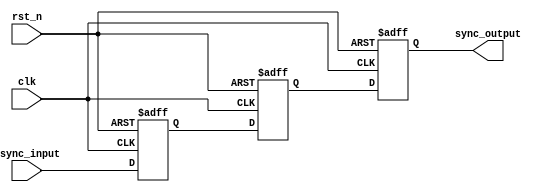
module async_to_sync_converter (
    input wire clk,            // Clock signal from the synchronous domain
    input wire rst_n,         // Active-low reset signal
    input wire async_input,    // Asynchronous input signal
    output reg sync_output     // Synchronized output signal
);

// Two-staged flip-flop for synchronization
reg ff_stage1, ff_stage2;

// Asynchronous reset handling
always @(posedge clk or negedge rst_n) begin
    if (!rst_n) begin
        // Reset the flip-flops on active-low reset signal
        ff_stage1 <= 1'b0; 
        ff_stage2 <= 1'b0;
        sync_output <= 1'b0;
    end else begin
        // First stage: Sample the asynchronous input
        ff_stage1 <= async_input;
        // Second stage: Sample the output of the first stage
        ff_stage2 <= ff_stage1;
        // Assign the final output
        sync_output <= ff_stage2;
    end
end
    
endmodule